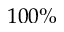
1 0 0 \%